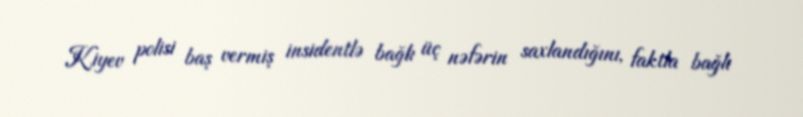
Kiyev polisi baş vermiş insidentlə bağlı üç nəfərin saxlandığını, faktla bağlı